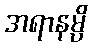
အရာနမ္ပိ